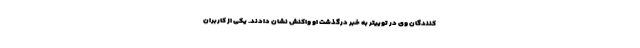
کنندگان وی در توییتر به خبر درگذشت او واکنش نشان دادند. یکی از کاربران